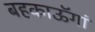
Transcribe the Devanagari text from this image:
बहकाऊॅगां